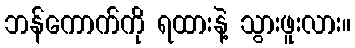
ဘန်ကောက်ကို ရထားနဲ့ သွားဖူးလား။